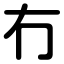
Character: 冇